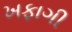
ખફાગી